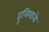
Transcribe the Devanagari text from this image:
हुलियानो